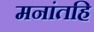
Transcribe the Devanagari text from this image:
मनांतहि